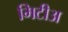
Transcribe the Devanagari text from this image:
मिटीअ